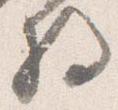
将